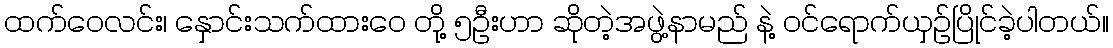
ထက်ဝေလင်း၊ နှောင်းသက်ထားဝေ တို့ ၅ဦးဟာ ဆိုတဲ့အဖွဲ့နာမည် နဲ့ ဝင်ရောက်ယှဉ်ပြိုင်ခဲ့ပါတယ်။